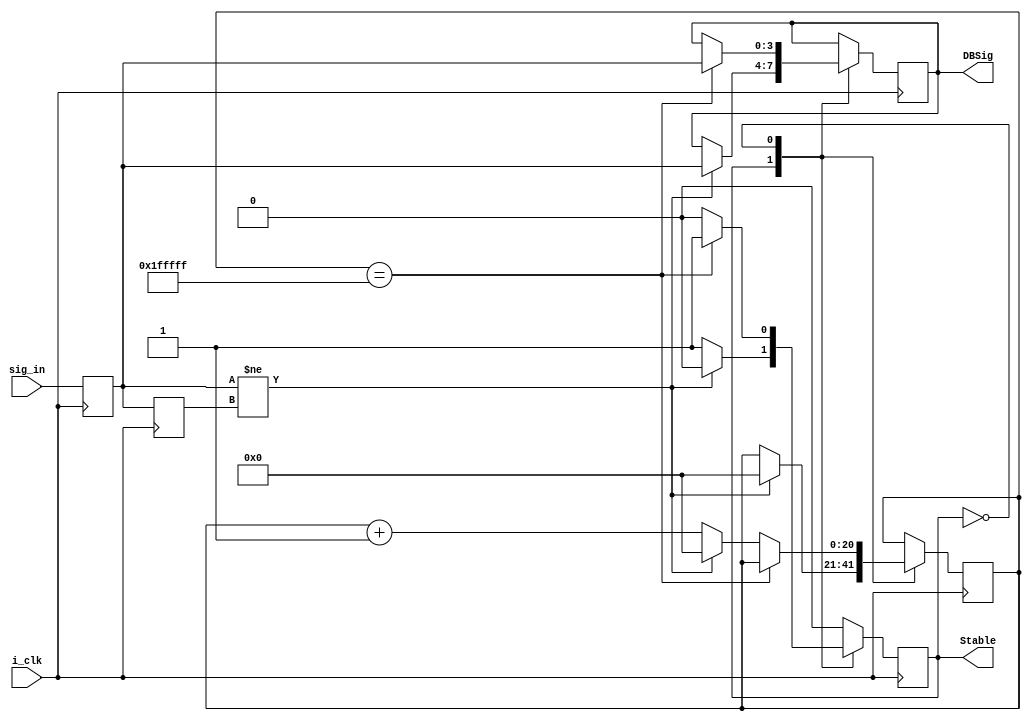
module Debounce(
	input i_clk,
	input [NIN-1:0] sig_in,
	output reg [NIN-1:0] DBSig,
	output reg Stable);

	//parameters that affect the implementation of the module
	parameter NIN=4;
	parameter NPause=21;
	
	reg [NPause-1:0] counter;
	reg [NIN-1:0] sigLast0;
	reg [NIN-1:0] sigLast1;
	
	initial 
		begin
			DBSig={(NIN){1'b0}};
			Stable=1'b1;
			counter=0;
	end
	
	//synchronize the switch input to the clock
	always @ (posedge i_clk) 
		begin
			sigLast0<=sig_in;
			sigLast1<=sigLast0;
		end
	
	always @ (posedge i_clk)
		case(Stable)
			1'b1: //Signal is stable
				if(sigLast0!=sigLast1)
					begin
						Stable<=1'b0;
						DBSig<=sigLast0;//change output to new signal
						counter<=0;
					end
				//else no need to change anything
			
			1'b0: //Signal is not stable
				if(counter=={(NPause){1'b1}})//signal has stabilized
					begin
						Stable<=1'b1;
						DBSig<=sigLast0;
					end
				else if(sigLast0!=sigLast1)//signal is changing still
					counter<=0;
				else
					counter<=counter+1;
		endcase
endmodule